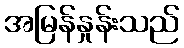
အမြန်နှုန်းသည်